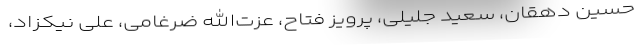
حسین دهقان، سعید جلیلی، پرویز فتاح، عزت‌الله ضرغامی، علی نیکزاد،